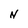
Character: N